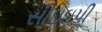
સીઇઇપી